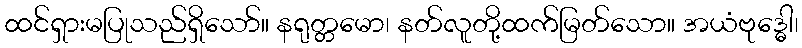
ထင်ရှားမပြုသည်ရှိသော်။ နရုတ္တမော၊ နတ်လူတို့ထက်မြတ်သော။ အယံဗုဒ္ဓေါ၊